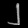
Digit: ၂